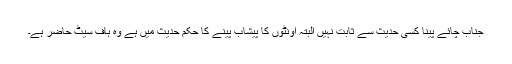
جناب چائے پينا کسی حديث سے ثابت نہيں البتہ اونٹوں کا پيشاب پينے کا حکم حديث ميں ہے وہ ہاف سيٹ حاضر ہے۔